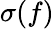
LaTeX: \sigma(f)